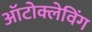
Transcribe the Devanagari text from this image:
ऑटोक्लेविंग